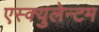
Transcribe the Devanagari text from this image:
एस्क्युलेन्टम